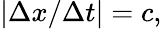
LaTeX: |\Delta x/\Delta t|=c,